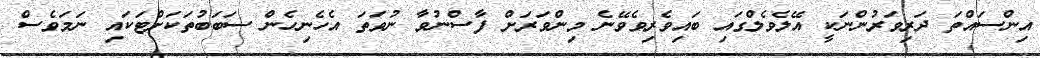
އިންސައްތަ ދަރިވަރުންނަކީ އޭލެވެލްގައި ބައިވެރިވެވޭނެ މިންވަރަށް ފާސްނުވާ ނުވަތަ އެހެނިހެން ސަބަބުތަކަށްޓަކައި ނަމަވެސް